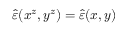
\hat { \varepsilon } ( x ^ { z } , y ^ { z } ) = \hat { \varepsilon } ( x , y )